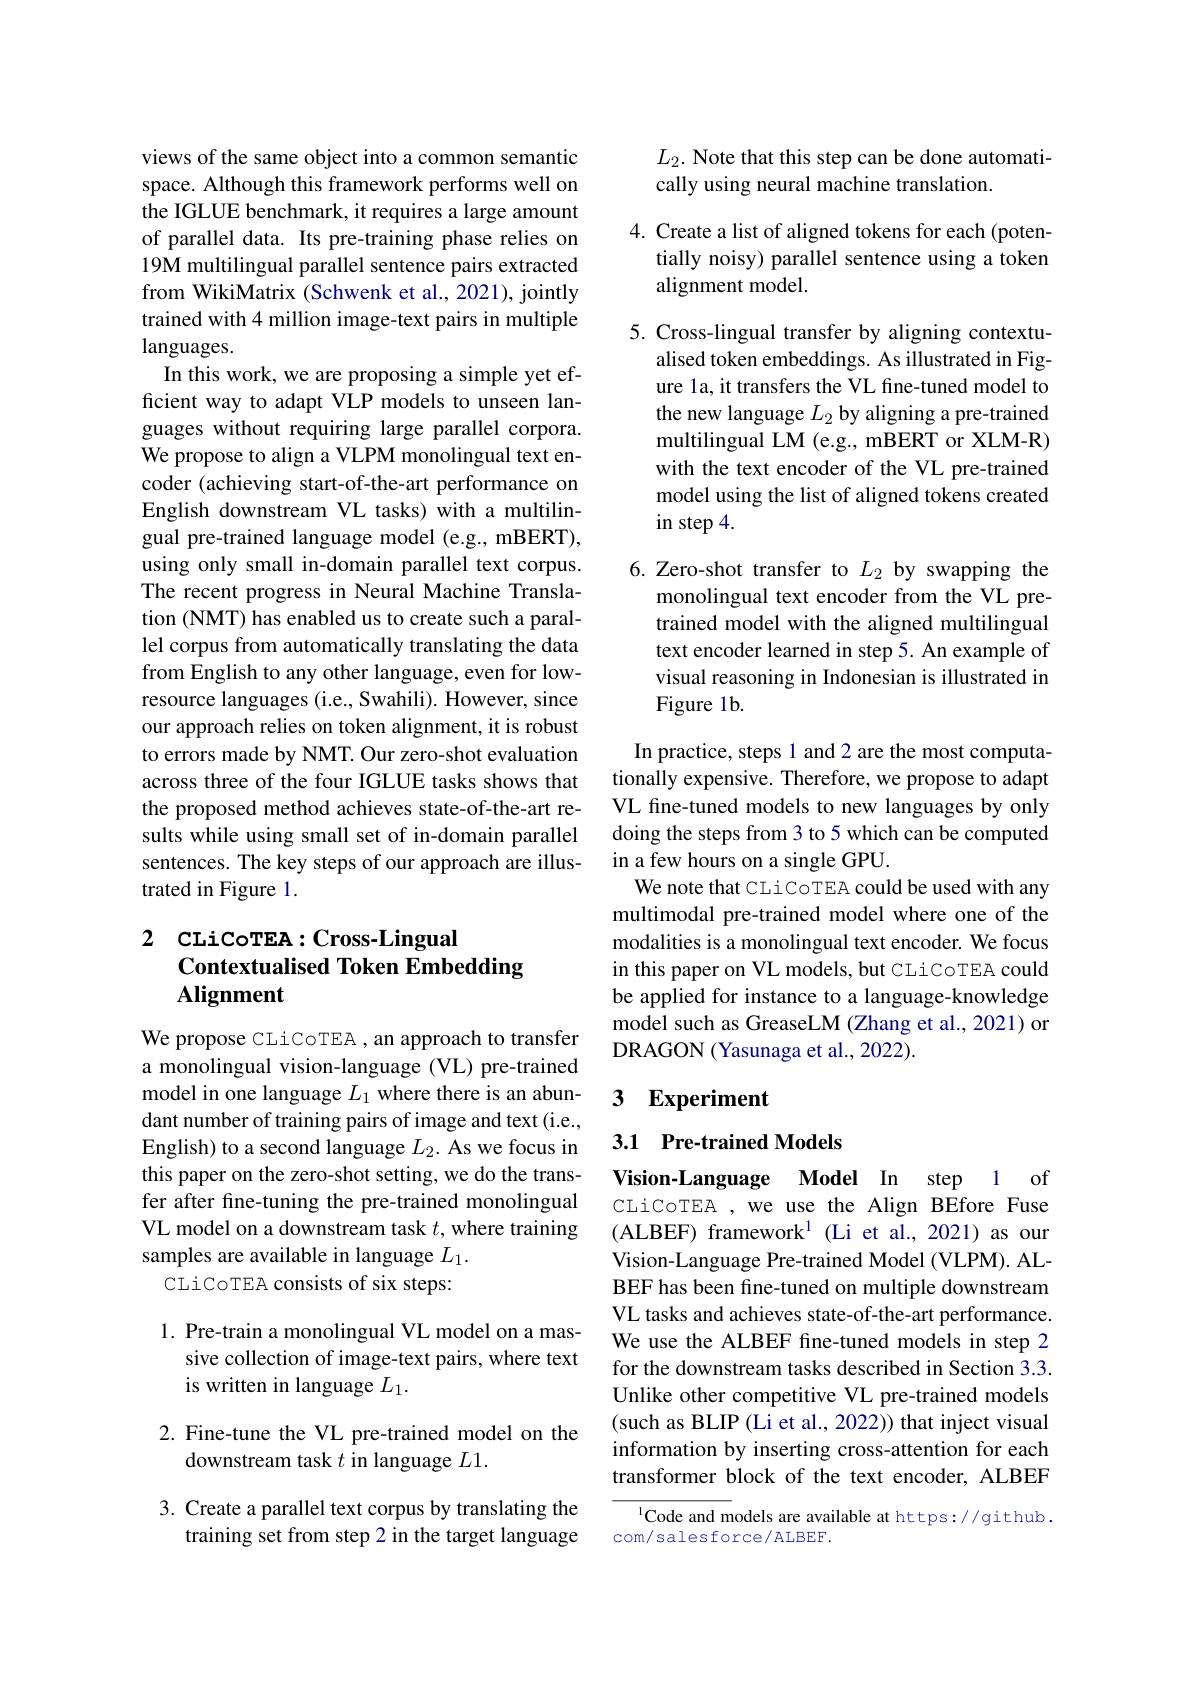
views of the same object into a common semantic space. Although this framework performs well on the IGLUE benchmark, it requires a large amount of parallel data. Its pre-training phase relies on 19M multilingual parallel sentence pairs extracted from WikiMatrix (Schwenk et al., 2021), jointly trained with 4 million image-text pairs in multiple languages.
In this work, we are proposing a simple yet efficient way to adapt VLP models to unseen languages without requiring large parallel corpora. We propose to align a VLPM monolingual text encoder (achieving start-of-the-art performance on English downstream VL tasks) with a multilingual pre-trained language model (e.g., mBERT), using only small in-domain parallel text corpus. The recent progress in Neural Machine Translation (NMT) has enabled us to create such a parallel corpus from automatically translating the data from English to any other language, even for lowresource languages (i.e., Swahili). However, since our approach relies on token alignment, it is robust to errors made by NMT. Our zero-shot evaluation across three of the four IGLUE tasks shows that the proposed method achieves state-of-the-art results while using small set of in-domain parallel sentences. The key steps of our approach are illustrated in Figure 1.

### 2 CLiCoTEA:Cross-Lingual Contextualised Token Embedding Alignment

We propose CLiCoTEA , an approach to transfer a monolingual vision-language (VL) pre-trained model in one language $L_1$ where there is an abundant number of training pairs of image and text (i.e., English) to a second language $L_2.$ As we focus in this paper on the zero-shot setting, we do the transfer after fine-tuning the pre-trained monolingual VL model on a downstream task $t$,where training samples are available in language $L_1.$
CLiCoTEA consists of six steps:

1. Pre-train a monolingual VL model on a mas-
sive collection of image-text pairs, where text
is written in language $L_1.$

2. Fine-tune the VL pre-trained model on the
downstream task $t$ in language $L1.$

3. Create a parallel text corpus by translating the
training set from step 2 in the target language

$L_2.$ Note that this step can be done automati-
cally using neural machine translation.

4. Create a list of aligned tokens for each (poten-
tially noisy) parallel sentence using a token
alignment model.

5. Cross-lingual transfer by aligning contextu-
alised token embeddings. As illustrated in Figure la, it transfers the VL fine-tuned model to the new language $L_2$ by aligning a pre-trained multilingual LM (e.g., mBERT or XLM-R) with the text encoder of the VL pre-trained model using the list of aligned tokens created in step 4.

6.Zero-shot transfer to $L_{2}$ by swapping the
monolingual text encoder from the VL pretrained model with the aligned multilingual text encoder learned in step 5. An example of visual reasoning in Indonesian is illustrated in Figure 1b.

In practice, steps 1 and 2 are the most computationally expensive. Therefore, we propose to adapt VL fine-tuned models to new languages by only doing the steps from 3 to 5 which can be computed in a few hours on a single GPU.
We note that CLi CoTEA could be used with any multimodal pre-trained model where one of the modalities is a monolingual text encoder. We focus in this paper on VL models, but CLiCoTEA could be applied for instance to a language-knowledge model such as GreaseLM (Zhang et al., 2021) or DRAGON (Yasunaga et al., 2022).

### 3 $\textbf{Experiment}$

3.1 Pre-trained Models

Vision-Language Model In step 1 of

CLiCoTEA , we use the Align BEfore Fuse (ALBEF) framework$^{1}$ (Li et al., 2021) as our Vision-Language Pre-trained Model (VLPM). ALBEF has been fine-tuned on multiple downstream VL tasks and achieves state-of-the-art performance. We use the ALBEF fne-tuned models in step 2 for the downstream tasks described in Section 3.3. Unlike other competitive VL pre-trained models (such as BLIP(Li et al., 2022)) that inject visual information by inserting cross-attention for each transformer block of the text encoder, ALBEF

$^{1}$Code and models are available at https://github.
com/ salesforce/ALBEF.